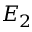
E _ { 2 }